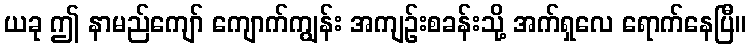
ယခု ဤ နာမည်ကျော် ကျောက်ကျွန်း အကျဉ်းစခန်းသို့ အက်ရှလေ ရောက်နေပြီ။